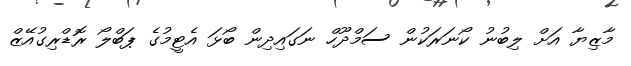
މާޒިޔާ އަށް ލިބުނު ކޯނަރަކުން ސަމްދޫހް ނަަގައިދިން ބޯޅަ އެޓީމުގެ ޕަބްލޯ ރޮޑްރިގުއޭޒް